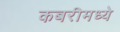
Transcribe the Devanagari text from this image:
कबरीमध्ये